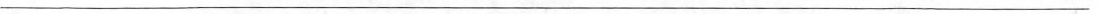
___